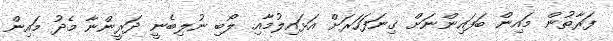
ފަރާތުން މައިން ބަފައިންނަށް ގިނަފަހަރަށް އަޅައިލުމާއި ލޯބި ނުލިބެނީ ދަރީންނާ މެދު މައިން